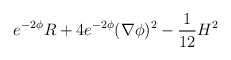
\begin{align*}e^{-2\phi}R+4e^{-2\phi}(\nabla \phi )^2-{1 \over 12} H^2\end{align*}